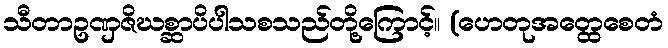
သီတာဥဏှဇိဃစ္ဆာပိပါသစသည်တို့ကြောင့်။ (ဟေတုအတ္ထေစေတံ